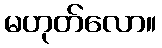
မဟုတ်လော။